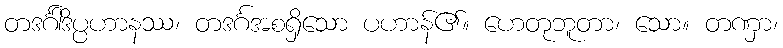
တဒင်္ဂါဒိပ္ပဟာနဿ၊ တဒင်္ဂအစရှိသော ပဟာန်၏။ ဟေတုဘူတာ၊ သော။ တဏှာ၊